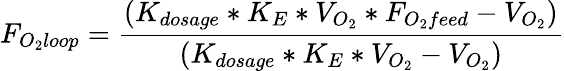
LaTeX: F_{O_{2}loop}={\frac{(K_{dosage}*K_{E}*V_{O_{2}}*F_{O_{2}feed}-V_{O_{2}})}{(K_{dosage}*K_{E}*V_{O_{2}}-V_{O_{2}})}}